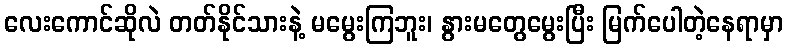
လေးကောင်ဆိုလဲ တတ်နိုင်သားနဲ့ မမွေးကြဘူး၊ နွားမတွေမွေးပြီး မြက်ပေါတဲ့နေရာမှာ